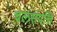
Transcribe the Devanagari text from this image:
चलसंपत्ति